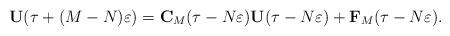
LaTeX: \begin{align*}\mathbf{U}(\tau+(M-N)\varepsilon)=\mathbf{C}_M(\tau-N\varepsilon)\mathbf{U}(\tau-N\varepsilon)+\mathbf{F}_M(\tau-N\varepsilon).\end{align*}